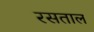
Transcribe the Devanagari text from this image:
रसताल